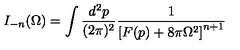
I _ { - n } ( \Omega ) = \int \frac { d ^ { 2 } p } { ( 2 \pi ) ^ { 2 } } \frac { 1 } { \left[ F ( p ) + 8 \pi \Omega ^ { 2 } \right] ^ { n + 1 } }